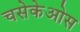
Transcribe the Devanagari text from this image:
चसेकेओस